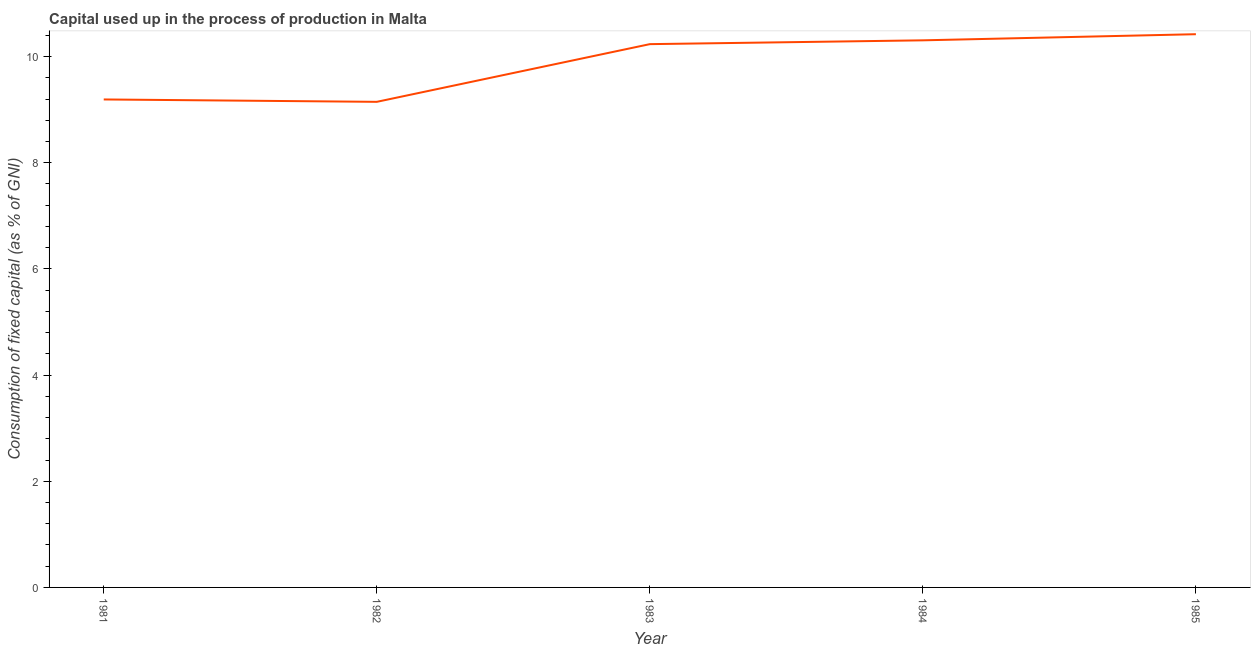
| Year | Consumption of fixed capital |
 | --- | --- |
 | 1981 | 9.19 |
 | 1982 | 9.15 |
 | 1983 | 10.2 |
 | 1984 | 10.3 |
 | 1985 | 10.4 |